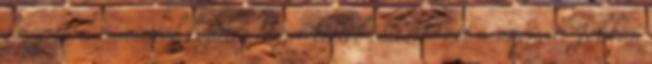
könyvtára onnantól kezdve előszeretettel töltötte ott a napjait. Jobban